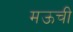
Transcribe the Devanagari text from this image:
मऊची